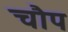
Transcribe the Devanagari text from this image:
चौप